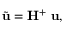
\tilde { \mathbf { u } } = \mathbf { H } ^ { + } \ \mathbf { u } ,